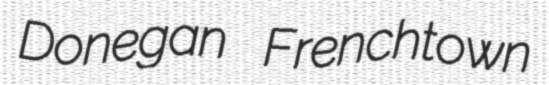
Donegan Frenchtown